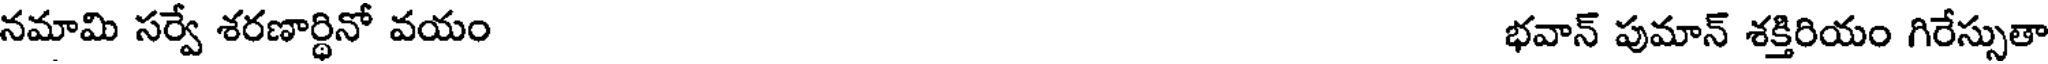
నమామి సర్వే శరణార్థినో వయం భవాన్ పుమాన్ శక్తిరియం గిరేస్సుతా